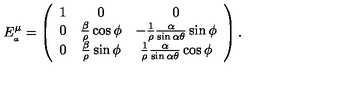
E _ { _ { a } } ^ { \mu } = \left( \begin{array} { c c c } { 1 } & { 0 } & { 0 } \\ { 0 } & { \frac { \beta } { \rho } \cos \phi } & { - \frac { 1 } { \rho } \frac { \alpha } { \sin \alpha \theta } \sin \phi } \\ { 0 } & { \frac { \beta } { \rho } \sin \phi } & { \frac { 1 } { \rho } \frac { \alpha } { \sin \alpha \theta } \cos \phi } \\ \end{array} \right) .